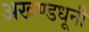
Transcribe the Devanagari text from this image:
अखण्डधूनी